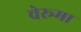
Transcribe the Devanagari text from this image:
चेरूमा